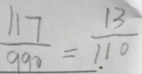
\frac { 1 1 7 } { 9 9 0 } = \frac { 1 3 } { 1 1 0 }